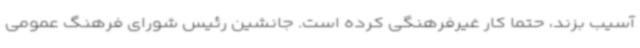
آسیب بزند، حتما کار غیرفرهنگی کرده است. جانشین رئیس شورای فرهنگ عمومی